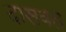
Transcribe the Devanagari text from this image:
दासवत